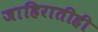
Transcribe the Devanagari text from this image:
जाहिरातीही